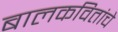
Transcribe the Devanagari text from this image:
बालकवितांचे